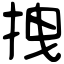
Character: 拽